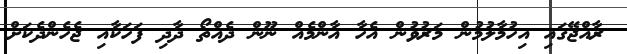
ރާއްޖޭގައި އިހުމާލުމުން މަރުވުން އެހާ އާންމެއް ނޫން ދެއްތޯ ދާދި ފަހަކާއި ޖެހެންދެކަށް